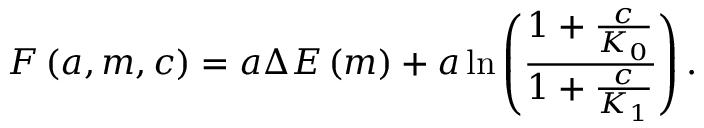
F \left( a , m , c \right) = a \Delta E \left( m \right) + a \ln \left( \frac { 1 + \frac { c } { K _ { 0 } } } { 1 + \frac { c } { K _ { 1 } } } \right) .